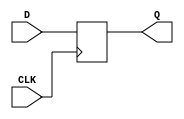
module neg_edge_d_ff (
    input D,
    input CLK,
    output reg Q
);

always @ (negedge CLK)
begin
    Q <= D;
end

endmodule